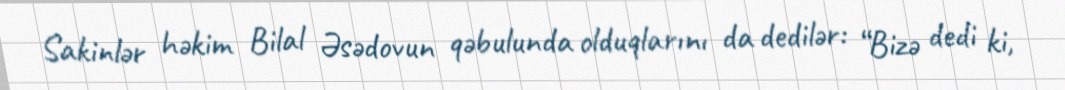
Sakinlər həkim Bilal Əsədovun qəbulunda olduqlarını da dedilər: “Bizə dedi ki,